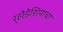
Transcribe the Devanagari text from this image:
र्‍होडेशियाचा